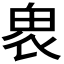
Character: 𤱮